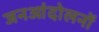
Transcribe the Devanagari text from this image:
जनआंदोलनों